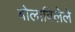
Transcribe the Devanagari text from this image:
बोलाविलेले